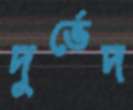
দুর্ভেদ